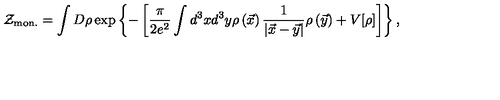
{ \cal Z } _ { \mathrm { m o n . } } = \int D \rho \exp \left\{ - \left[ \frac { \pi } { 2 e ^ { 2 } } \int d ^ { 3 } x d ^ { 3 } y \rho \left( \vec { x } { } \right) \frac { 1 } { \left| \vec { x } - \vec { y } { } \right| } \rho \left( \vec { y } { } \right) + V [ \rho ] \right] \right\} ,